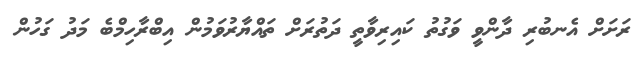
ރަށަށް އެނބުރި ދާންވީ ވަގުތު ކައިރިވާތީ ދަތުރަށް ތައްޔާރުވަމުން އިބްރާހިމްބެ މަދު ގަހުން